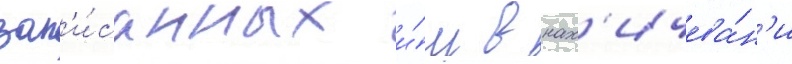
зап'и́санных и́м в нах'ичева́н'и